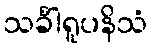
သင်္ခါရူပနိသံ